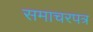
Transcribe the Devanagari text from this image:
समाचरपत्र